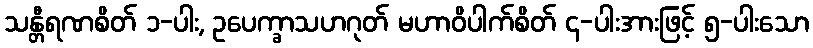
သန္တီရဏစိတ် ၁-ပါး, ဥပေက္ခာသဟဂုတ် မဟာဝိပါက်စိတ် ၄-ပါးအားဖြင့် ၅-ပါးသော